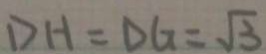
D H = D G = \sqrt { 3 }